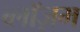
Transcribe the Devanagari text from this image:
ब्लॉज़म